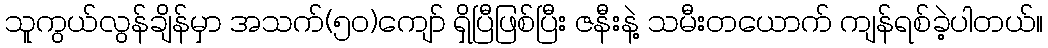
သူကွယ်လွန်ချိန်မှာ အသက်(၅၀)ကျော် ရှိပြီဖြစ်ပြီး ဇနီးနဲ့ သမီးတယောက် ကျန်ရစ်ခဲ့ပါတယ်။